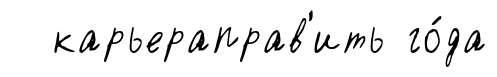
карьераправ'ить го́да